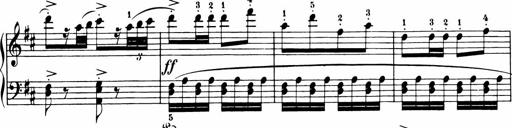
Title: 11 Sonatinas for Piano Solo
Composer: Anton Diabelli